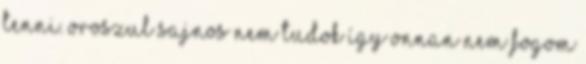
tenni. oroszul sajnos nem tudok így onnan nem fogom